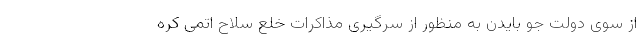
از سوی دولت جو بایدن به منظور از سرگیری مذاکرات خلع سلاح اتمی کره